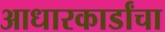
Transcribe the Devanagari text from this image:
आधारकार्डांचा